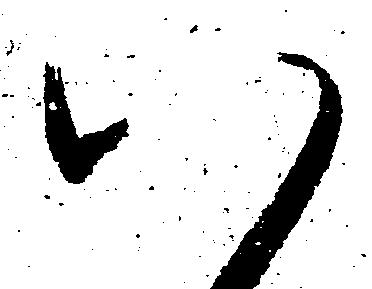
八